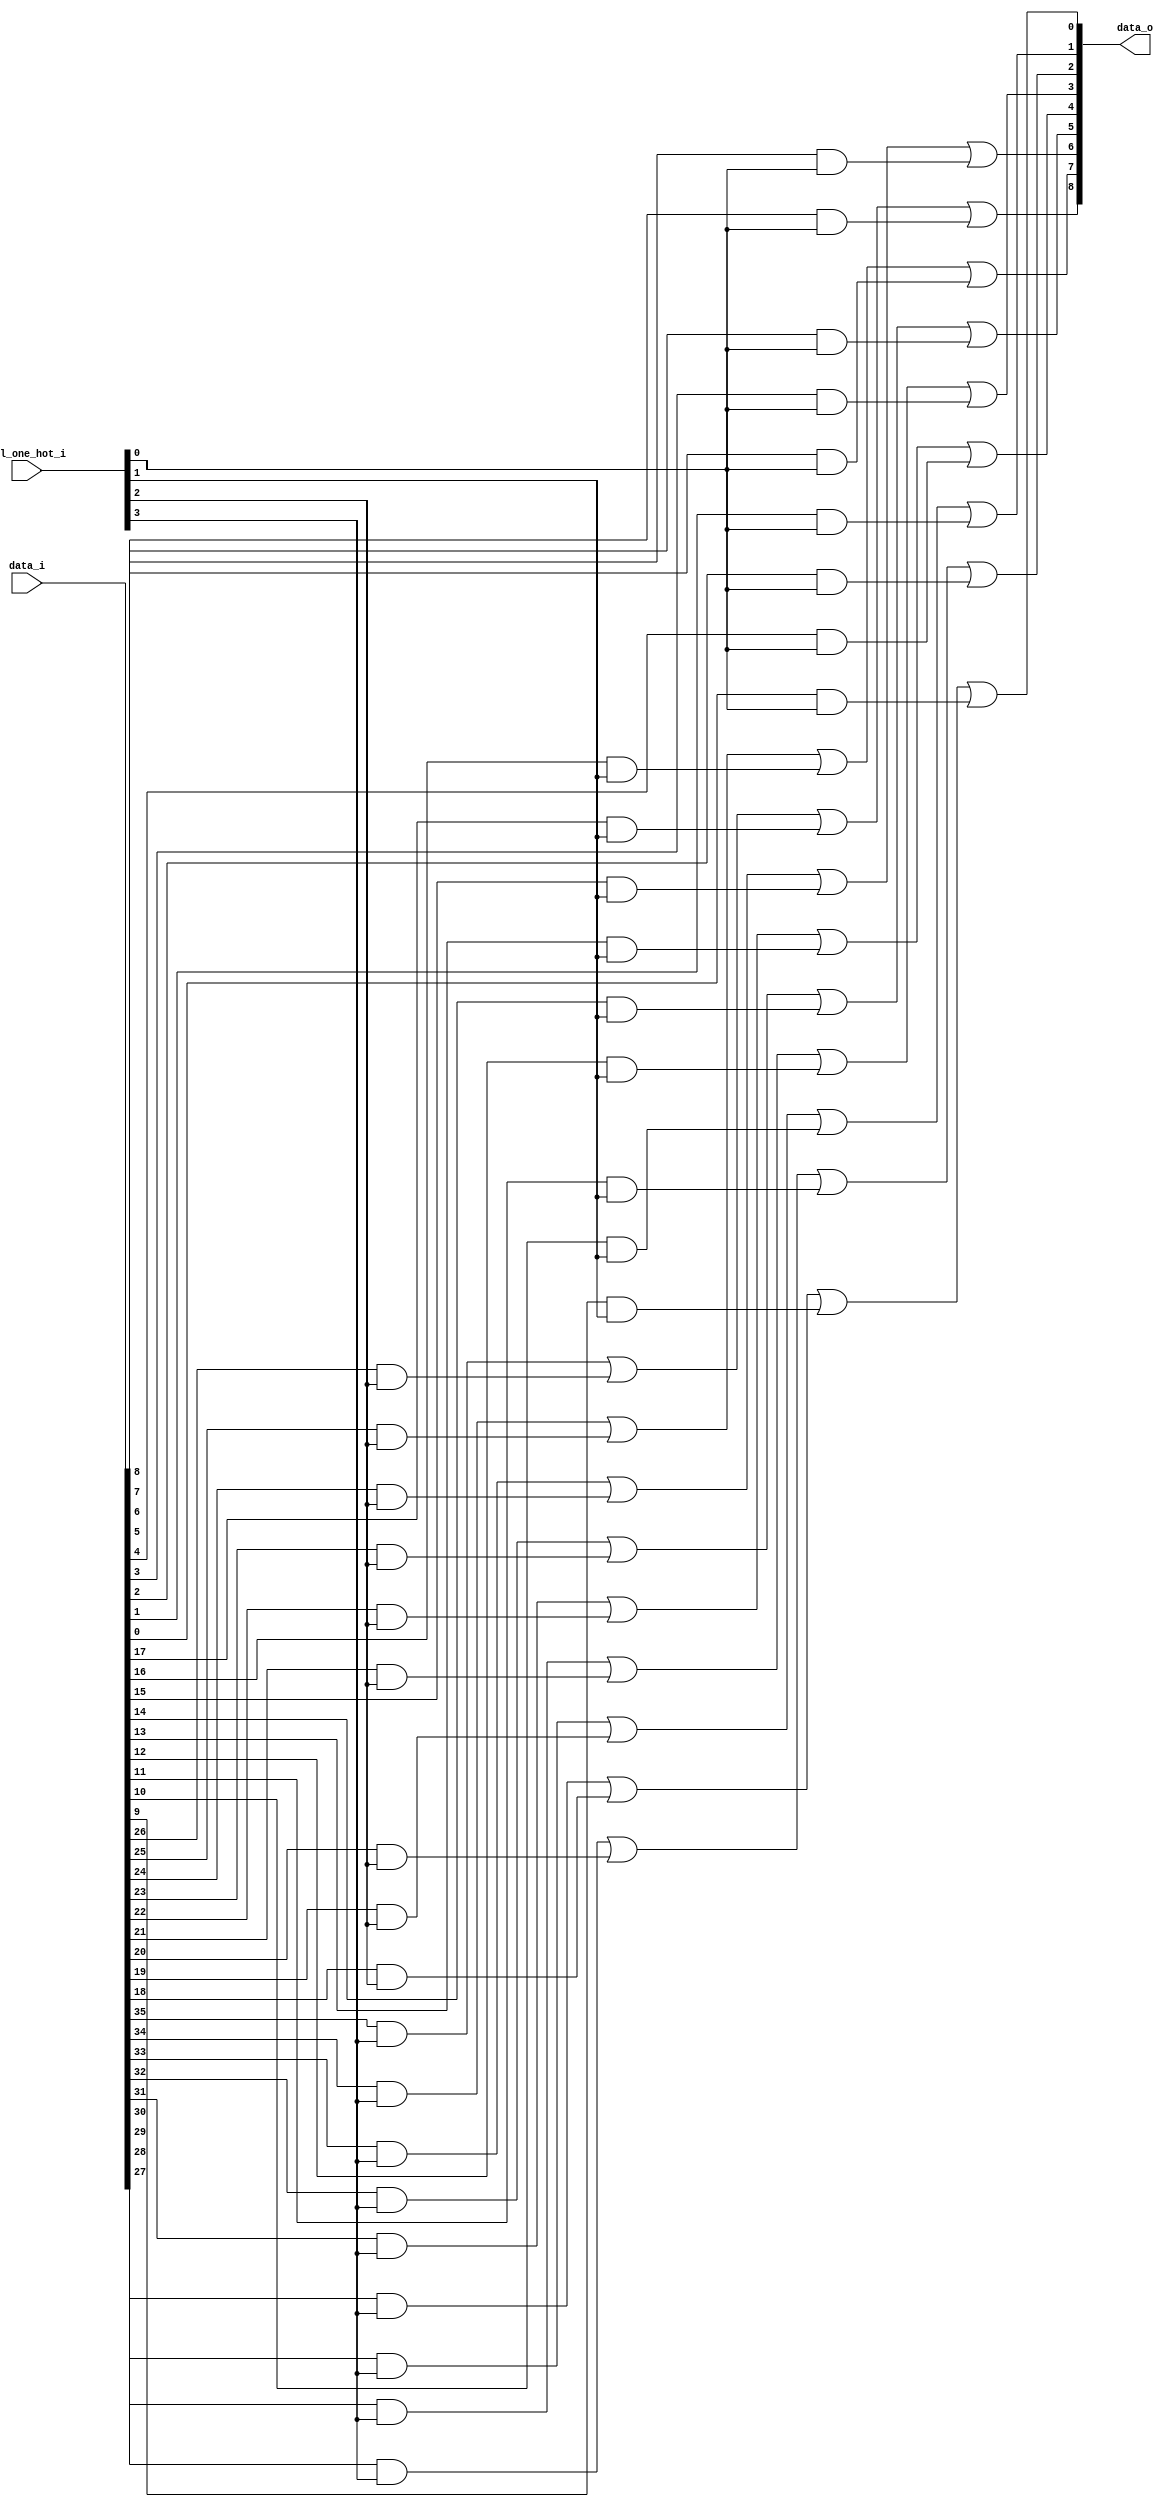
// This program was cloned from: https://github.com/NYU-MLDA/OpenABC
// License: BSD 3-Clause "New" or "Revised" License

module bsg_mux_one_hot_width_p9_els_p4
(
  data_i,
  sel_one_hot_i,
  data_o
);

  input [35:0] data_i;
  input [3:0] sel_one_hot_i;
  output [8:0] data_o;
  wire [8:0] data_o;
  wire N0,N1,N2,N3,N4,N5,N6,N7,N8,N9,N10,N11,N12,N13,N14,N15,N16,N17;
  wire [35:0] data_masked;
  assign data_masked[8] = data_i[8] & sel_one_hot_i[0];
  assign data_masked[7] = data_i[7] & sel_one_hot_i[0];
  assign data_masked[6] = data_i[6] & sel_one_hot_i[0];
  assign data_masked[5] = data_i[5] & sel_one_hot_i[0];
  assign data_masked[4] = data_i[4] & sel_one_hot_i[0];
  assign data_masked[3] = data_i[3] & sel_one_hot_i[0];
  assign data_masked[2] = data_i[2] & sel_one_hot_i[0];
  assign data_masked[1] = data_i[1] & sel_one_hot_i[0];
  assign data_masked[0] = data_i[0] & sel_one_hot_i[0];
  assign data_masked[17] = data_i[17] & sel_one_hot_i[1];
  assign data_masked[16] = data_i[16] & sel_one_hot_i[1];
  assign data_masked[15] = data_i[15] & sel_one_hot_i[1];
  assign data_masked[14] = data_i[14] & sel_one_hot_i[1];
  assign data_masked[13] = data_i[13] & sel_one_hot_i[1];
  assign data_masked[12] = data_i[12] & sel_one_hot_i[1];
  assign data_masked[11] = data_i[11] & sel_one_hot_i[1];
  assign data_masked[10] = data_i[10] & sel_one_hot_i[1];
  assign data_masked[9] = data_i[9] & sel_one_hot_i[1];
  assign data_masked[26] = data_i[26] & sel_one_hot_i[2];
  assign data_masked[25] = data_i[25] & sel_one_hot_i[2];
  assign data_masked[24] = data_i[24] & sel_one_hot_i[2];
  assign data_masked[23] = data_i[23] & sel_one_hot_i[2];
  assign data_masked[22] = data_i[22] & sel_one_hot_i[2];
  assign data_masked[21] = data_i[21] & sel_one_hot_i[2];
  assign data_masked[20] = data_i[20] & sel_one_hot_i[2];
  assign data_masked[19] = data_i[19] & sel_one_hot_i[2];
  assign data_masked[18] = data_i[18] & sel_one_hot_i[2];
  assign data_masked[35] = data_i[35] & sel_one_hot_i[3];
  assign data_masked[34] = data_i[34] & sel_one_hot_i[3];
  assign data_masked[33] = data_i[33] & sel_one_hot_i[3];
  assign data_masked[32] = data_i[32] & sel_one_hot_i[3];
  assign data_masked[31] = data_i[31] & sel_one_hot_i[3];
  assign data_masked[30] = data_i[30] & sel_one_hot_i[3];
  assign data_masked[29] = data_i[29] & sel_one_hot_i[3];
  assign data_masked[28] = data_i[28] & sel_one_hot_i[3];
  assign data_masked[27] = data_i[27] & sel_one_hot_i[3];
  assign data_o[0] = N1 | data_masked[0];
  assign N1 = N0 | data_masked[9];
  assign N0 = data_masked[27] | data_masked[18];
  assign data_o[1] = N3 | data_masked[1];
  assign N3 = N2 | data_masked[10];
  assign N2 = data_masked[28] | data_masked[19];
  assign data_o[2] = N5 | data_masked[2];
  assign N5 = N4 | data_masked[11];
  assign N4 = data_masked[29] | data_masked[20];
  assign data_o[3] = N7 | data_masked[3];
  assign N7 = N6 | data_masked[12];
  assign N6 = data_masked[30] | data_masked[21];
  assign data_o[4] = N9 | data_masked[4];
  assign N9 = N8 | data_masked[13];
  assign N8 = data_masked[31] | data_masked[22];
  assign data_o[5] = N11 | data_masked[5];
  assign N11 = N10 | data_masked[14];
  assign N10 = data_masked[32] | data_masked[23];
  assign data_o[6] = N13 | data_masked[6];
  assign N13 = N12 | data_masked[15];
  assign N12 = data_masked[33] | data_masked[24];
  assign data_o[7] = N15 | data_masked[7];
  assign N15 = N14 | data_masked[16];
  assign N14 = data_masked[34] | data_masked[25];
  assign data_o[8] = N17 | data_masked[8];
  assign N17 = N16 | data_masked[17];
  assign N16 = data_masked[35] | data_masked[26];

endmodule